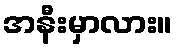
အနီးမှာလား။